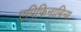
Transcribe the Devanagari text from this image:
एपिफिनामिना